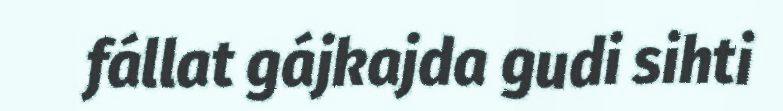
fállat gájkajda gudi sihti